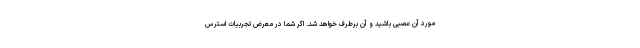
مورد آن عصبی باشید و آن برطرف خواهد شد. اگر شما در معرض تجربیات استرس